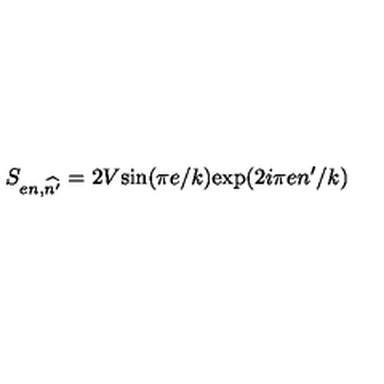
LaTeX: S _ { e n , \widehat { n ^ { \prime } } } = 2 V \mathrm { s i n } ( \pi e / k ) \mathrm { e x p } ( 2 i \pi e n ^ { \prime } / k )